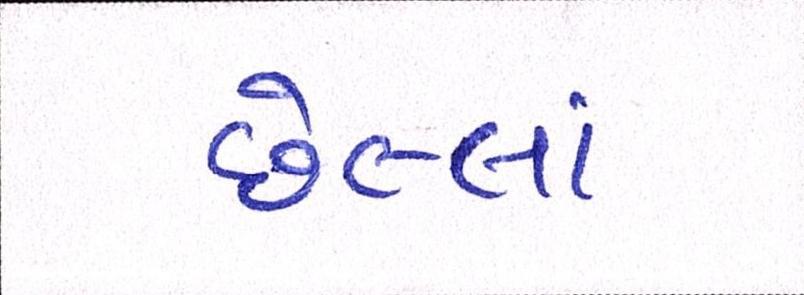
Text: છેલ્લાં